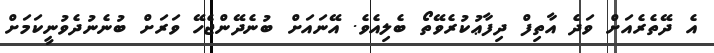
އެ ދޭތެރެއަށް ވަދެ އާތިފް ދިފާޢުކުރެވޭތޯ ބެލިއެވެ. އޭނައަށް ބުނެދޭންޖެހޭ ވަރަށް ބުނެނުދެވުނީކަމަށް